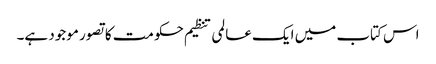
اس کتاب میں ایک عالمی تنظیم حکومت کا تصور موجود ہے۔